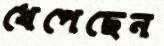
খেপেছেন